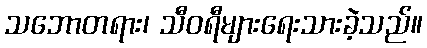
သဘောတရား၊ သီဝရီများရေးသားခဲ့သည်။